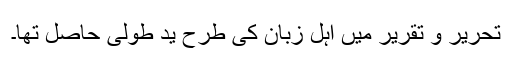
تحریر و تقریر میں اہلِ زبان کی طرح یدِ طُولیٰ حاصل تھا۔